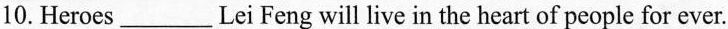
10.Heroes___Lei Feng will live in the heart of people for ever.